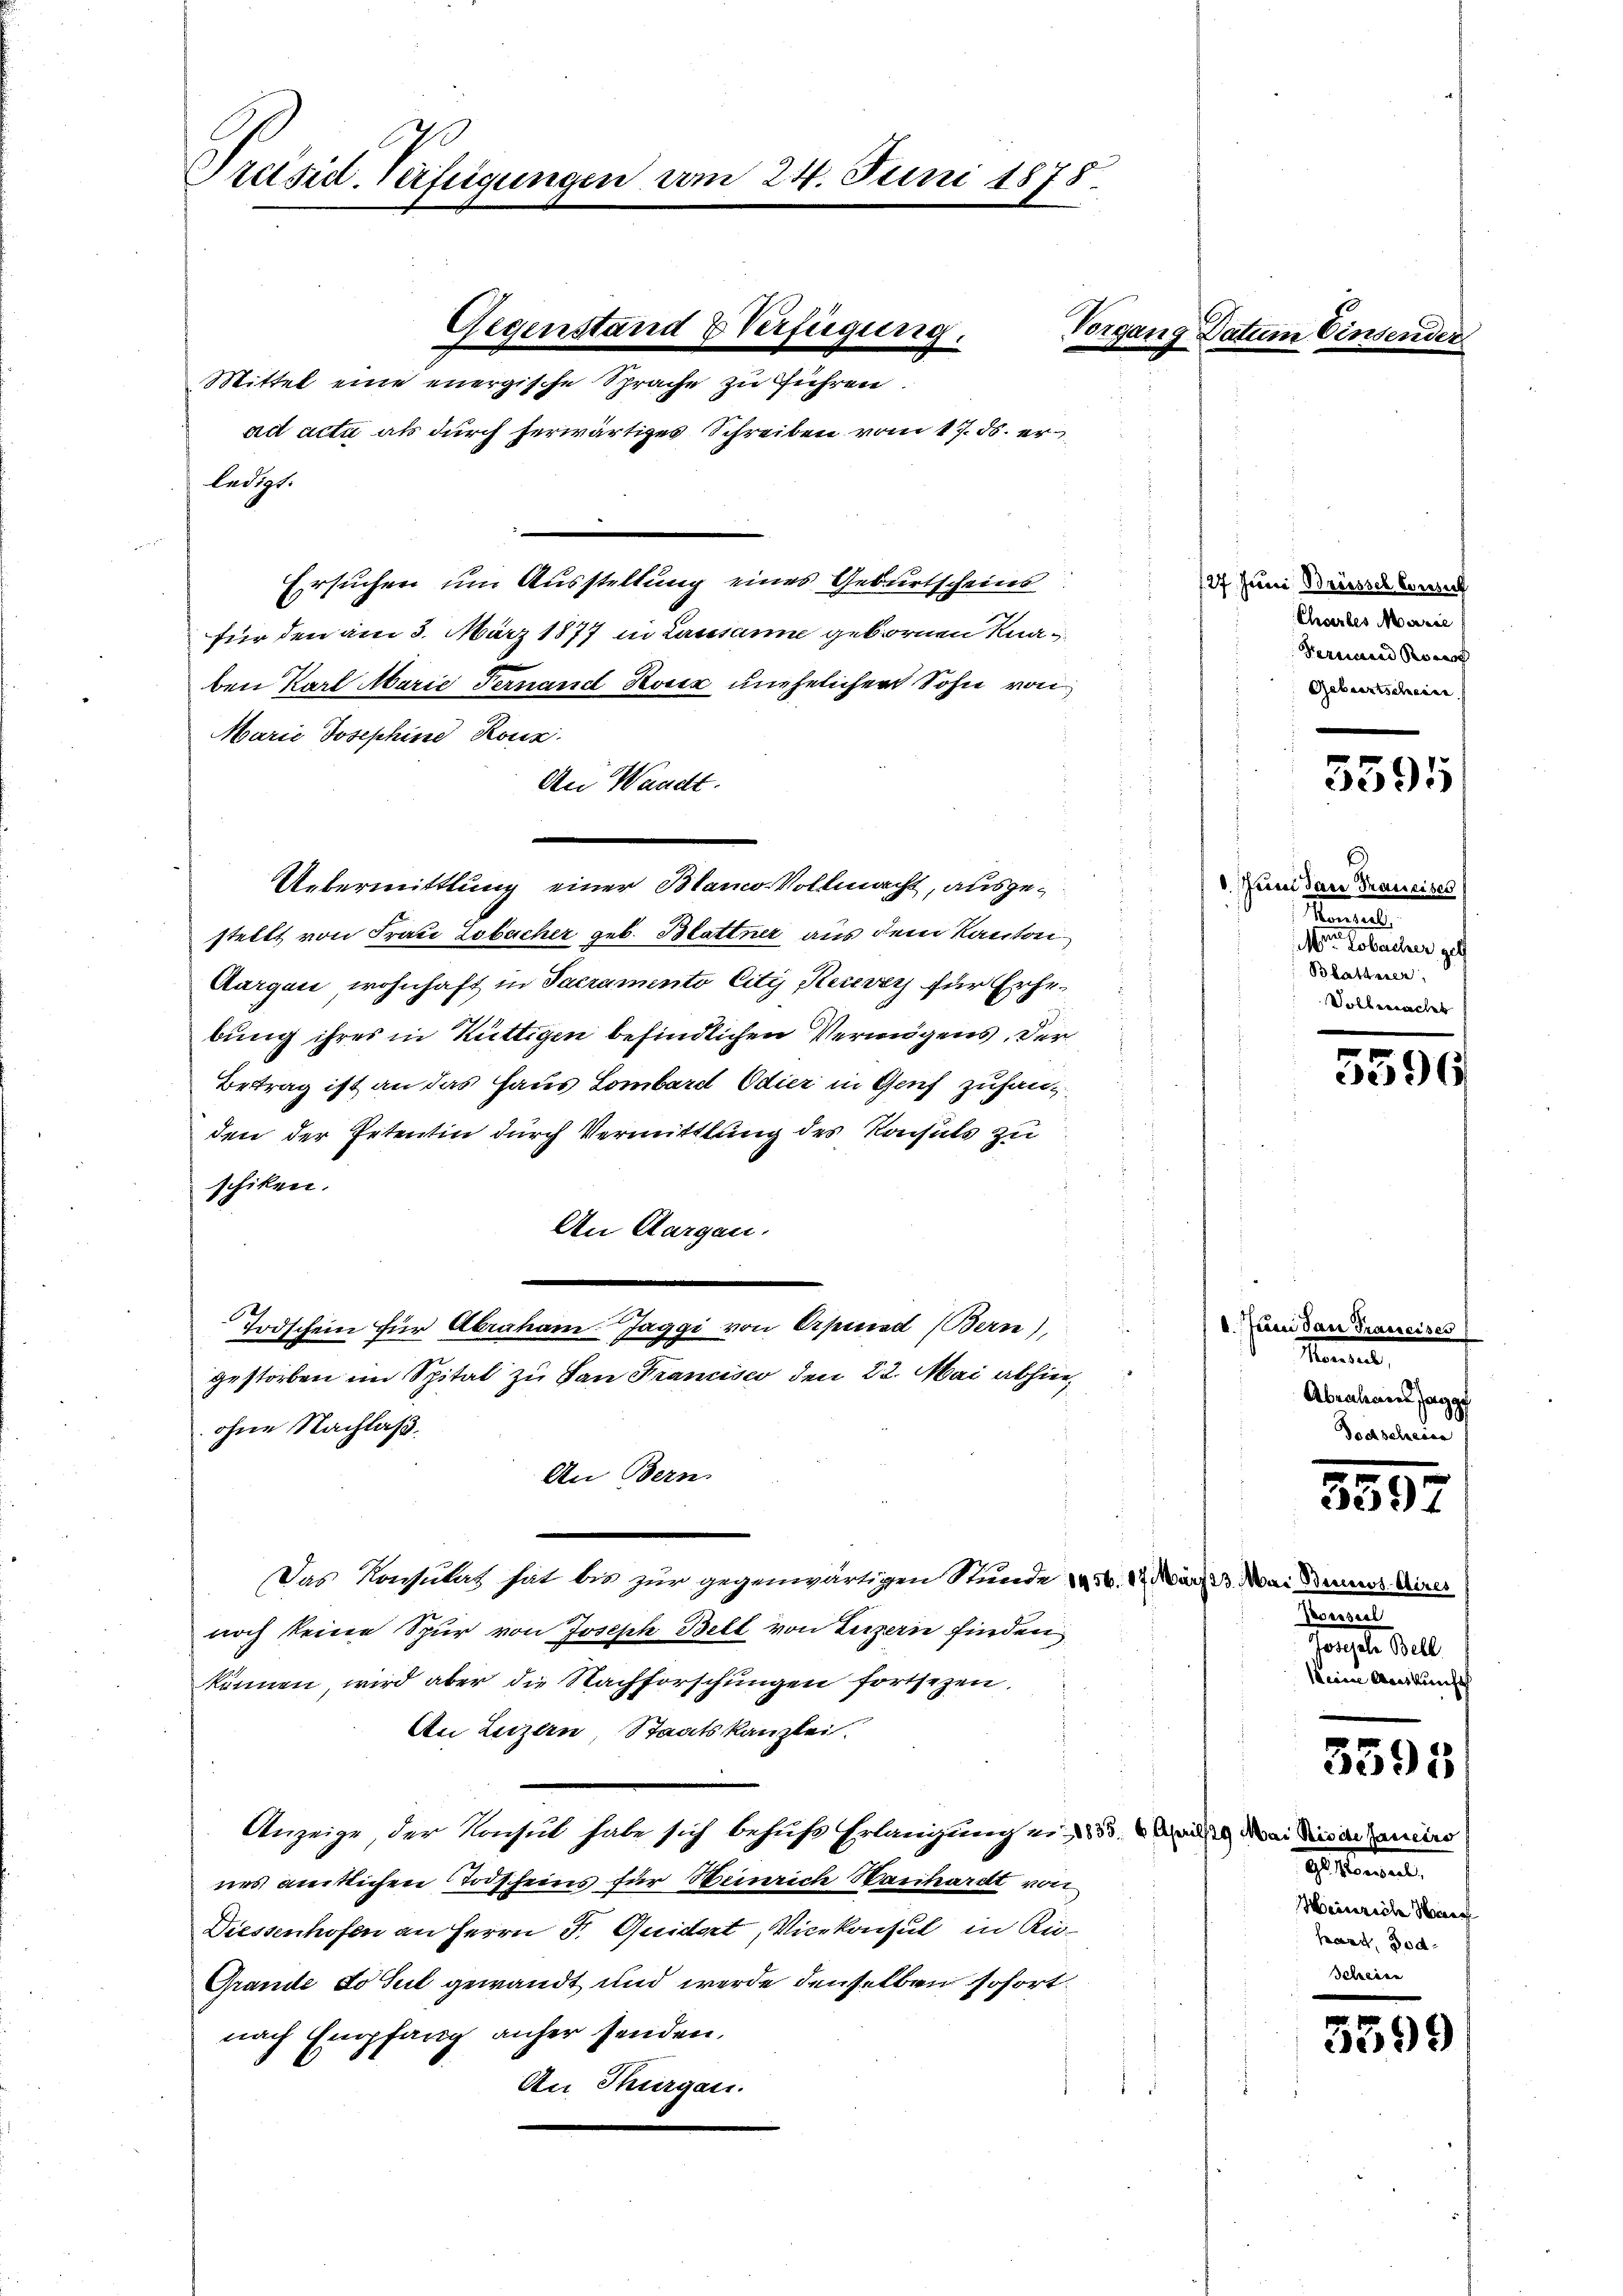
Präsid. Verfügungen vom 24. Juni 1875.

Gegenstand & Verfügung.
ad acta als durch herwärtiges Schreiben vom 17. ds. er
ledigt.
Ersuchen um Ausstellung eines Geburtscheins
für den am 5. März 1877 in Lausanne gebornen Knaben Karl Marie Fernand Hoser unehelichen Sohn von
Marie Josephine Rouz.
An Waadt.
Uebermittlung einer Blanco Vollmacht, ausgestellt von Frau Zobacher geb. Blattner aus dem Kanton
Aargau wohnhaft in Sacramento City Recurs für Erhebung ihres in Rüttigen befindlichen Vermögens, der
Betrag ist an das Haus Lombard Odier in Genf zufanden der Petentin durch Vermittlung des Konsuls zu
schiken.
An Aargau.
)
Todschein für Abraham Jaggi von Erpund (Bern),
gestorben im Spital zu San Francisco den 22. Mai abhinohne Nachlaß
An Bern.
Das Konsulat hat bis zur gegenwärtigen Stunde a. 17. März 23. Mai Bennos Aires
noch keine Spur von Joseph Bell von Luzern finden
können, wird aber die Nachforschungen fortsezen.
An Luzern, Staatskanzlei
Anzeige der Konsul habe sich behufs Erlangung ein 35 des Bei die der Zauders
nes amtlichen Todscheins für Heinrich Hanhardt von
Diessenhofen an Herrn P. Quidert, Vicekonsul in Rü¬
Grande Lo sul gewandt und werde denselben sofortnach Empfang anher senden.
An Thurgau.

Mittel eine energische Sprache zu führen

Vergang Patien

/27 Juni Brüssel Consul
Choerbes Marie
dermann eines
Geburtscheine

3595

.
.Juni das Traueises
Maniel
Morten obercher gef
Blatterer,
Solbeerachet

5596

1. Juni dan Prassesses
Hannes,
Abenleines Jaggo

559

Konsul
sangele Bell
Keine Auskunft

5595

. Herrent
Meinriche Haec
hart, Jod¬

5599